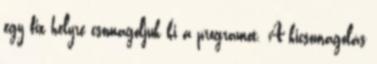
egy fix helyre csomagoljuk ki a programot. A kicsomagolás